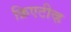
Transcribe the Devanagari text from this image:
क्रिएटीव्ह